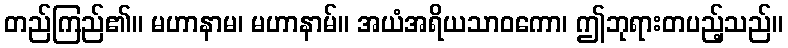
တည်ကြည်၏။ မဟာနာမ၊ မဟာနာမ်။ အယံအရိယသာဝကော၊ ဤဘုရားတပည့်သည်။